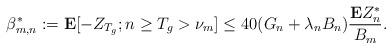
LaTeX: \begin{align*} \beta_{m,n}^*:=\mathbf{E}[-Z_{T_g};n\ge T_g>\nu_m]\le 40(G_n+\lambda_n B_n)\frac{\mathbf{E}Z^*_n}{B_m}.\end{align*}